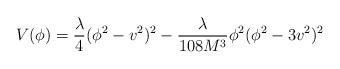
LaTeX: \begin{align*}V(\phi)=\frac{\lambda}{4}(\phi^2-v^2)^2-\frac{\lambda}{108 M^3}\phi^2(\phi^2-3v^2)^2\end{align*}